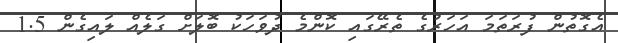
އެގޮތުން ފުރަތަމަ އަހަރުގެ ތެރޭގައި ކޮންމެ ދުވަހަކު ބޮލަށް ގަލެއް ލައިގެން 1.5